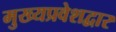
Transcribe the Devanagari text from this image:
मुख्यप्रवेशद्वार